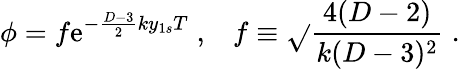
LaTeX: \phi=f\mathrm{e}^{-\frac{{D-3}}{{2}}ky_{1s}T}\; ,\; \; \; f\equiv\sqrt{}{{\frac{{4(D-2)}}{{k(D-3)^{2}}}}}\; .